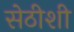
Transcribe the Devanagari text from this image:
सेठीशी